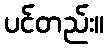
ပင်တည်း။